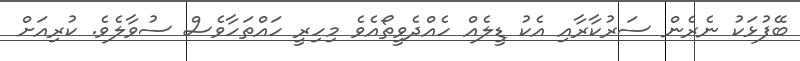
ބޭފުޅަކު ނެރެން ސަރުކާރާއި އެކު ޑީލެއް ހެއްދެވީތޯއެވެ މިހިރީ ހައްތަހާވެސް ސުވާލެވެ. ކުރިއަށް